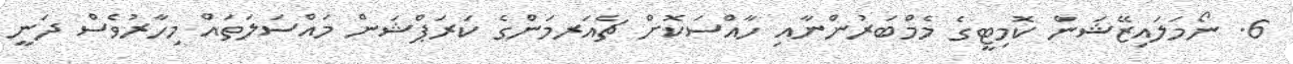
6. ނޯމަލައިޒޭޝަން ކޮމިޓީގެ މެމްބަރުންނާއި ހާއްސަކޮށް ޗެއަރމަންގެ ކަރަޕްޝަން މައްސަލަތައް މިހާރުވެސް ދަނީ